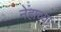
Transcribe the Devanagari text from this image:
नेहाच्या